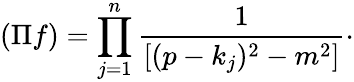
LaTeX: (\Pi f)=\prod_{j=1}^{n}\frac{1}{[(p-k_{j})^{2}-m^{2}]}\cdot